Reports on military cantonments and civil stations in the Presidency of Bombay inspected by the Sanitary Commissioner in the years 1875 and 1876
Year: 1875
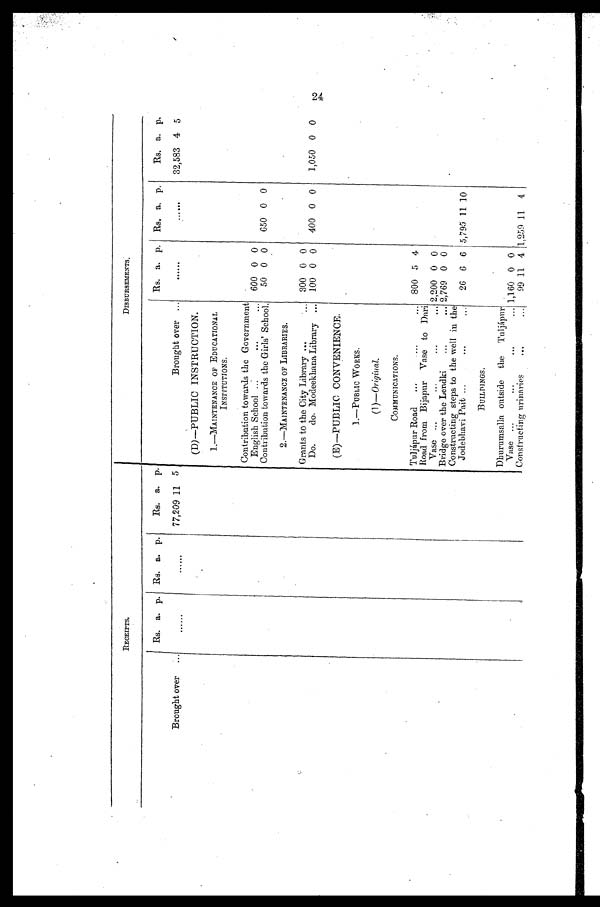
RECEIPTS.
DISBURSEMENTS.
Rs. a. p. Rs. a. p.
Rs. a. p.
Rs. a. p. Rs. a. p.
Rs. a. p.
Brought over.
. . . . . .
......
77,209 11 5
Brought over ...
......
. . . . . .
32,583 4 5
(D)—PUBLIC INSTRUCTION.
1.—MAINTENANCE OF EDUCATIONAL
INSTITUTIONS.
Contribution towards the Government
English School ...
...
. . . 600 0 0
Contribution towards the Girls' School.
50 0 0
650 0 0
2.—MAINTENANCE OF LIBRARIES.
Grants to the City Library ...
... 300 0 0
Do. do. Modeekhana Library ... 100 0 0
400 0 0
1,050 0 0
(E)—PUBLIC CONVENIENCE.
1.—PUBLIC WORKS.
(1)— Original.
COMMUNICATIONS.
Tuljápur Road ...
. . .
. . .
. . . 800 5 4
Road from Bijapur Vase to Dari
V a s e
. . . . . . . . .
2,200 0 0
Bridge over the Lendki
...
... 2,769 0 0
Constructing steps to the well in the
Jodebhavi Pait ...
...
26 6 6 5,795 11 10
BUILDINGS.
Dhurnmsalla outside the Tuljápur
Vase
. . . . . .
...
1,1.60 0 0
Constructing urinaries
. . . . . .
99 11 4 1,259
1 1 4
24